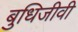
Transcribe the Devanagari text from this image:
बुधिजीवी